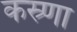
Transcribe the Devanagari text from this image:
कस्र्णा